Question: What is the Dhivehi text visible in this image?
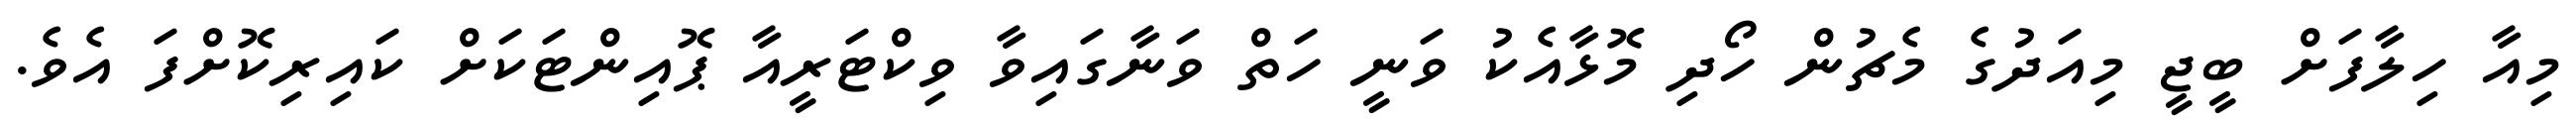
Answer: މިއާ ހިލާފަށް ބީޖީ މިއަދުގެ މެޗުން ހޯދި މޮޅާއެކު ވަނީ ހަތް ވަނާގައިވާ ވިކްޓަރީއާ ޕޮއިންޓަކަށް ކައިރިކޮށްފަ އެވެ.